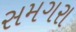
સમગરા